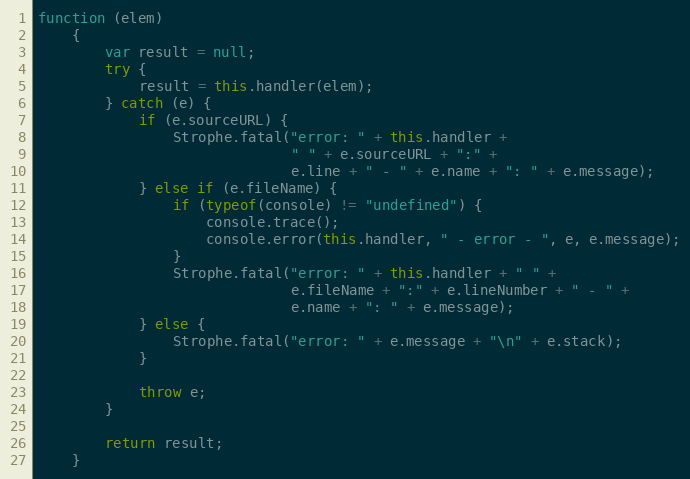
Language: JavaScript
function (elem)
    {
        var result = null;
        try {
            result = this.handler(elem);
        } catch (e) {
            if (e.sourceURL) {
                Strophe.fatal("error: " + this.handler +
                              " " + e.sourceURL + ":" +
                              e.line + " - " + e.name + ": " + e.message);
            } else if (e.fileName) {
                if (typeof(console) != "undefined") {
                    console.trace();
                    console.error(this.handler, " - error - ", e, e.message);
                }
                Strophe.fatal("error: " + this.handler + " " +
                              e.fileName + ":" + e.lineNumber + " - " +
                              e.name + ": " + e.message);
            } else {
                Strophe.fatal("error: " + e.message + "\n" + e.stack);
            }

            throw e;
        }

        return result;
    }